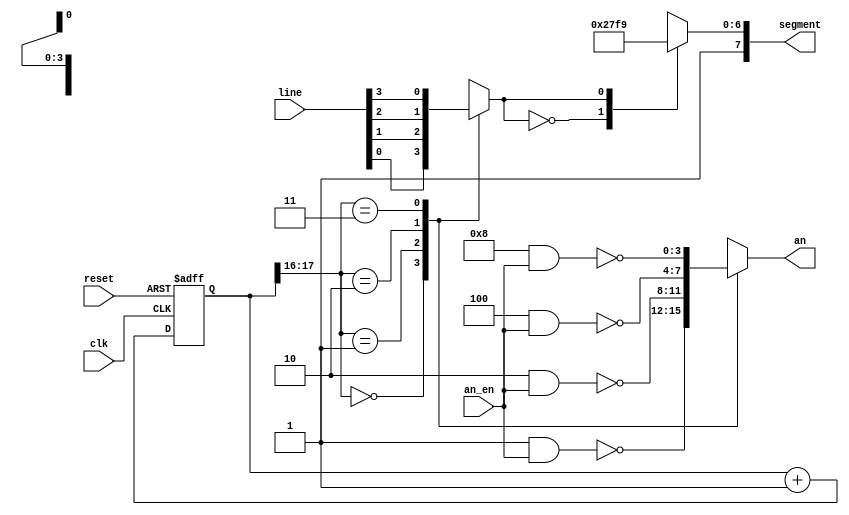
module seven_seg_heartbeat_mux(
    input clk,
    input reset,
    input [3:0] line,                    //determines if segment display will be upper (1) or lower (0) square
    input [3:0] an_en,           //enable input determining which seg displays on (should only be 1)
    output reg [3:0] an,         //output an for FPGA
    output reg [7:0] segment     //output seg for FPGA
    );
    
    parameter N = 18;

    reg [N-1:0] q_reg;
    wire [N-1:0] q_next;
    
    reg line_next;
            
    //Register
    always @(posedge clk, posedge reset)
        if(reset)
            q_reg <= 0;
        else
            q_reg <= q_next;
    
    //next-state logic
    assign q_next = q_reg + 1; //if at max value, addition jumps back to 0
    
    //output logic
    always @*
    begin
        case(q_reg[N-1:N-2]) //Checks two most significant bits of counter for case selection
            2'b00: 
                begin
                    an = ~(4'b0001 & an_en);
                    line_next = line[0];
                end
            2'b01:
                begin
                    an = ~(4'b0010 & an_en);
                    line_next = line[1];
                end
            2'b10: 
                begin
                    an = ~(4'b0100 & an_en);
                    line_next = line[2];
                end
            2'b11:
                begin
                    an = ~(4'b1000 & an_en);
                    line_next = line[3];
                end
        endcase
    end
    
    always @*
        begin
            case(line_next) //7'b G,F,E,D,C,B,A
                1'b0: segment[6:0] = 7'b1001111; //displays line on left side of seg
                1'b1: segment[6:0] = 7'b1111001; //displays line on right side of seg
            endcase
            segment[7] = 1'b1; //DP never on for square seg display
        end
    //output logic
    
endmodule